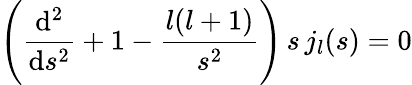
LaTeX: \Biggr(\frac{\mathrm{d}^{2}}{\mathrm{d}s^{2}}+1-\frac{l(l+1)}{s^{2}}\Biggl)\, s\, j_{l}(s)=0